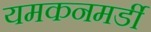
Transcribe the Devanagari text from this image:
यमकनमर्डी